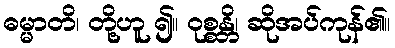
ဓမ္မာတိ၊ တို့ဟူ ၍။ ဝုစ္စန္တိ၊ ဆိုအပ်ကုန်၏။